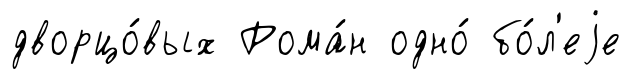
дворцо́вых Рома́н одно́ бо́л'еjе